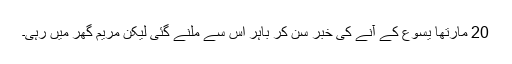
20 مارتھا یسوع کے آنے کی خبر سن کر باہر اس سے ملنے گئی لیکن مریم گھر میں رہی۔